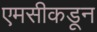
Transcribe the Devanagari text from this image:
एमसीकडून